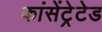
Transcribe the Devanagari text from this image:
कांसेंट्रेटेड